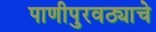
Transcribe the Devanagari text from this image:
पाणीपुरवठ्याचे